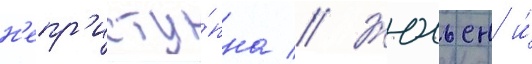
н'епр'исту́пна // Жюльен и́